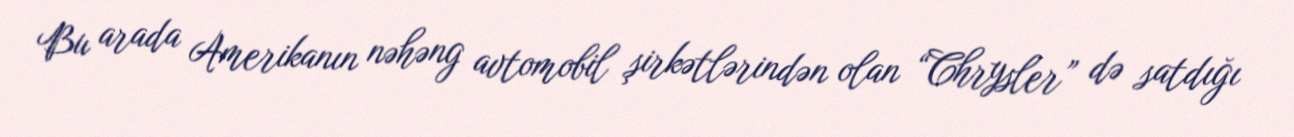
Bu arada Amerikanın nəhəng avtomobil şirkətlərindən olan “Chrysler” də satdığı